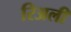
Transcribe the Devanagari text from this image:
रिअली